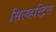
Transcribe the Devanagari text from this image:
सिल्व्हस्ट्रिस